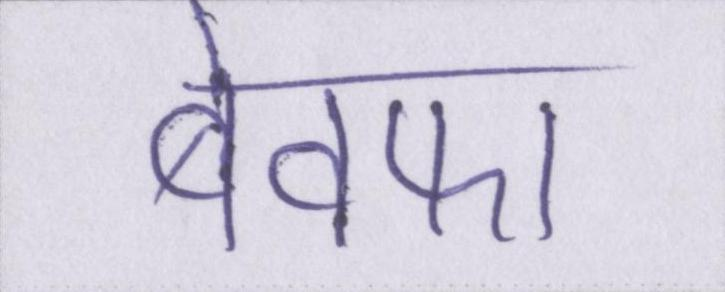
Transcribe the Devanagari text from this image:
बेवफा